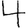
Digit: 4